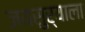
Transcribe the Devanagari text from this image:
जयसुर्याला